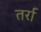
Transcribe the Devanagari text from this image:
तर्रा